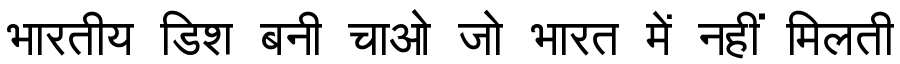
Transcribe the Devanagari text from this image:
भारतीय डिश बनी चाओ जो भारत में नहीं मिलती